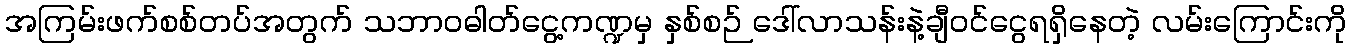
အကြမ်းဖက်စစ်တပ်အတွက် သဘာဝဓါတ်ငွေ့ကဏ္ဍမှ နှစ်စဉ် ဒေါ်လာသန်းနဲ့ချီဝင်ငွေရရှိနေတဲ့ လမ်းကြောင်းကို